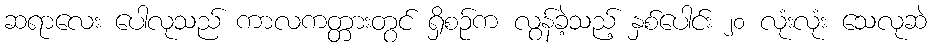
ဆရာလေး ပေါလုသည် ကာလကတ္တားတွင် ရှိစဉ်က လွန်ခဲ့သည့် နှစ်ပေါင်း ၂၀ လုံးလုံး သေလုဆဲ